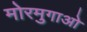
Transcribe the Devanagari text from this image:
मोरमुगाओ